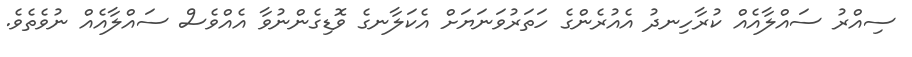
ސިއްރު ސައްލާއެއް ކުރާހިނދު އެއުރެންގެ ހަތަރުވަނަޔަށް އެކަލާނގެ ވޮޑިގެންނުވާ އެއްވެސް ސައްލާއެއް ނުވެތެވެ.